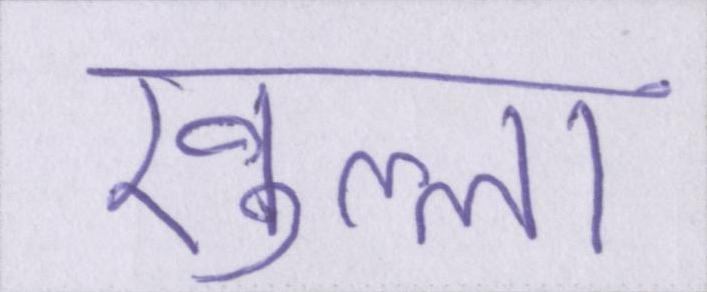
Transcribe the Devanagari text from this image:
खुल्ला